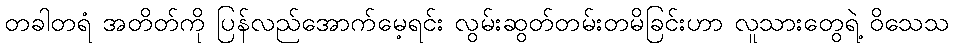
တခါတရံ အတိတ်ကို ပြန်လည်အောက်မေ့ရင်း လွမ်းဆွတ်တမ်းတမိခြင်းဟာ လူသားတွေရဲ့ ဝိသေသ